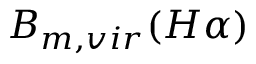
B _ { m , v i r } ( H \alpha )